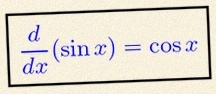
\frac{d}{dx}(\sin x)=\cos x